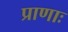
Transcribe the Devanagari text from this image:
प्राणाः